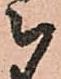
被